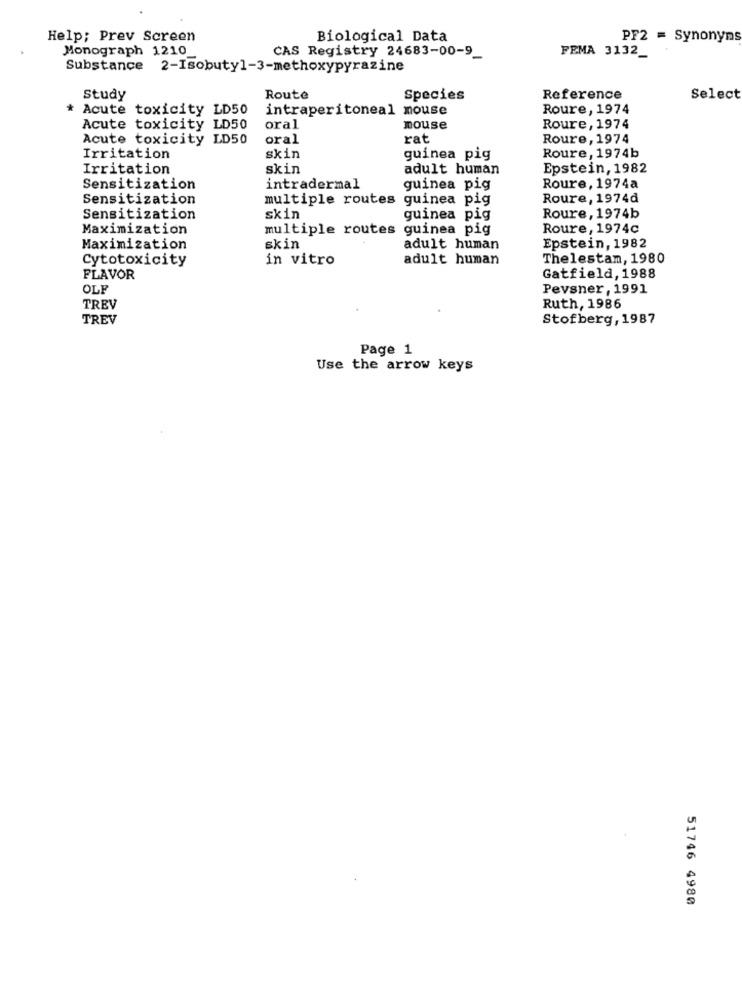
Help; Prev Screen
Biological Data
PF2 = Synonyms
Monograph 1210
CAS Registry 24683-00-9_
FEMA 3132_
Substance 2-Isobutyl-3-methoxypyrazine
Study
Route
Species
Reference
Select
* Acute toxicity LD50
intraperitoneal mouse
Roure, 1974
Acute toxicity LD50
oral
mouse
Roure, 1974
Acute toxicity LD50
oral
rat
Roure, 1974
Irritation
skin
guinea pig
Roure, 1974b
Irritation
skin
adult human
Epstein, 1982
Sensitization
intradermal
guinea pig
Roure, 1974a
Sensitization
multiple routes guinea pig
Roure, 1974d
Sensitization
skin
guinea pig
Roure, 1974b
Maximization
multiple routes guinea pig
Roure, 1974c
Maximization
skin
adult human
Epstein, 1982
Cytotoxicity
in vitro
adult human
Thelestam, 1980
FLAVOR
Gatfield, 1988
OLF
Pevsner , 1991
TREV
Ruth, 1986
TREV
Stofberg, 1987
Page 1
Use the arrow keys
51746 4980